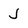
Character: J